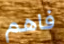
فاهم